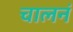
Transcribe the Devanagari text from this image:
चालनं